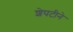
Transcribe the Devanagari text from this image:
शेपटीने